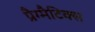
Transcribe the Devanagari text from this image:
प्रैग्मैटिक्स